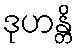
ဒုဟန္တိ